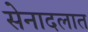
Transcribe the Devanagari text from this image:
सेनादलात